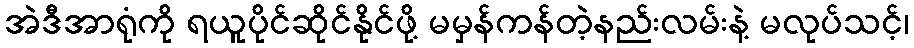
အဲဒီအာရုံကို ရယူပိုင်ဆိုင်နိုင်ဖို့ မမှန်ကန်တဲ့နည်းလမ်းနဲ့ မလုပ်သင့်၊